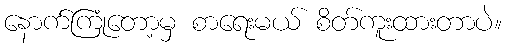
နောက်ကြုံတော့မှ စာရေးမယ် စိတ်ကူးထားတာပဲ။